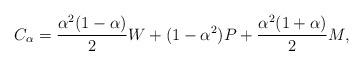
LaTeX: \begin{align*}C_\alpha = \frac{\alpha^2(1-\alpha)}{2}W + (1-\alpha^2)P + \frac{\alpha^2(1+\alpha)}{2}M,\end{align*}